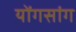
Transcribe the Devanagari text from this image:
योंगसांग